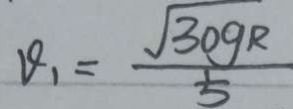
V _ { 1 } = \frac { \sqrt { 3 0 9 R } } { 5 }